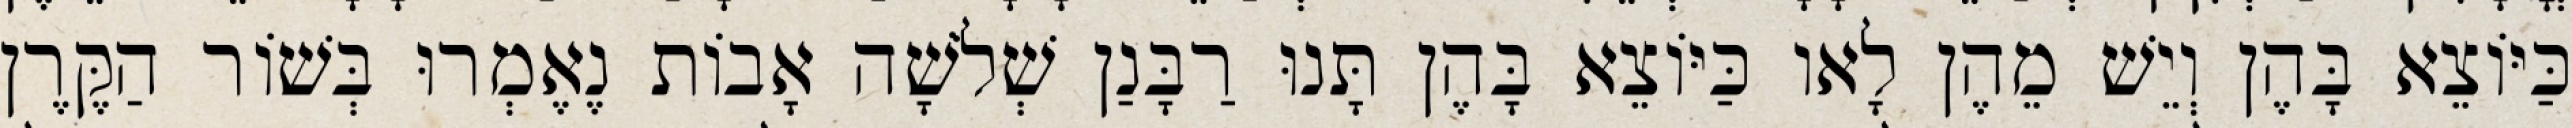
כַּיּוֹצֵא בָּהֶן וְיֵשׁ מֵהֶן לָאו כַּיּוֹצֵא בָּהֶן תָּנוּ רַבָּנַן שְׁלֹשָׁה אָבוֹת נֶאֶמְרוּ בְּשׁוֹר הַקֶּרֶן